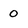
Character: 0